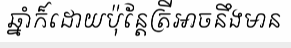
ឆ្នាំក៏ដោយប៉ុន្តែត្រីអាចនឹងមាន